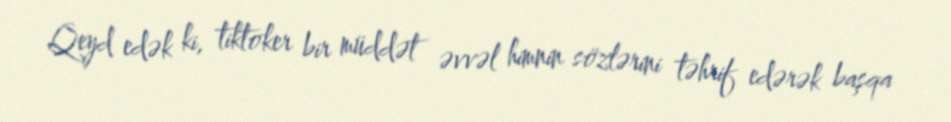
Qeyd edək ki, tiktoker bir müddət əvvəl himnin sözlərini təhrif edərək başqa